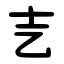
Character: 㐊